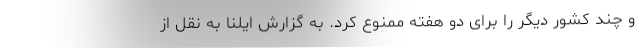
و چند کشور دیگر را برای دو هفته ممنوع کرد. به گزارش ایلنا به نقل از